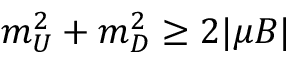
m _ { U } ^ { 2 } + m _ { D } ^ { 2 } \geq 2 | \mu B |